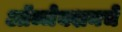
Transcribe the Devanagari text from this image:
ऑब्जेक्शनचे